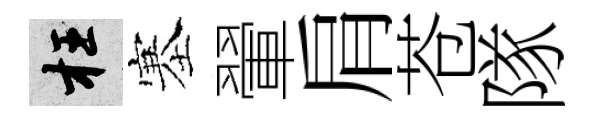
枉塞翬肩苍隊